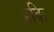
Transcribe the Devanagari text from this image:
हविः